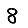
Digit: 8